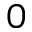
0